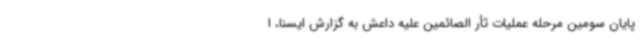
پایان سومین مرحله عملیات ثأر الصائمین علیه داعش به گزارش ایسنا، ا